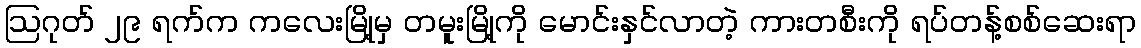
ဩဂုတ် ၂၉ ရက်က ကလေးမြို့မှ တမူးမြို့ကို မောင်းနှင်လာတဲ့ ကားတစီးကို ရပ်တန့်စစ်ဆေးရာ